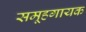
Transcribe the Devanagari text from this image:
समूहगायक